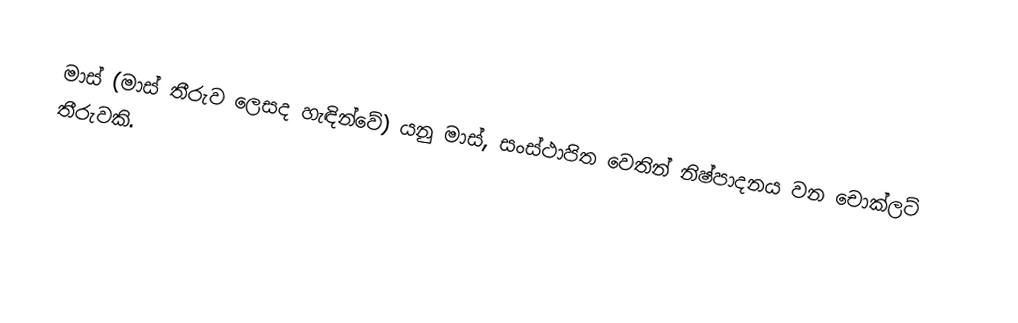
මාස් (මාස් තීරුව ලෙසද හැඳින්වේ) යනු මාස්, සංස්ථාපිත වෙතින් නිෂ්පාදනය වන චොක්ලට් තීරුවකි.